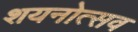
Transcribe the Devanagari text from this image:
शयनोत्सव